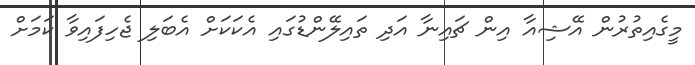
މީގެއިތުރުން އޭޝިއާ އިން ޗައިނާ އަދި ތައިލޭންޑުގައި އެކަކަށް އެބަލި ޖެހިފައިވާ ކަމަށް